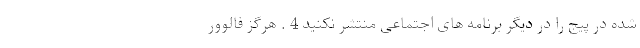
شده در پیج را در دیگر برنامه های اجتماعی منتشر نکنید 4 . هرگز فالوور